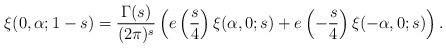
LaTeX: \begin{align*}\xi(0,\alpha;1-s)=\frac{\Gamma(s)}{(2\pi)^s}\left(e\left(\frac{s}{4}\right)\xi(\alpha,0;s)+e\left(-\frac{s}{4}\right)\xi(-\alpha,0;s)\right).\end{align*}